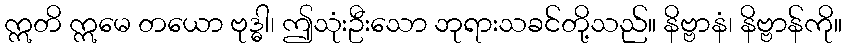
ဣတိ ဣမေ တယော ဗုဒ္ဓါ၊ ဤသုံးဦးသော ဘုရားသခင်တို့သည်။ နိဗ္ဗာနံ၊ နိဗ္ဗာန်ကို။